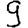
Digit: 9